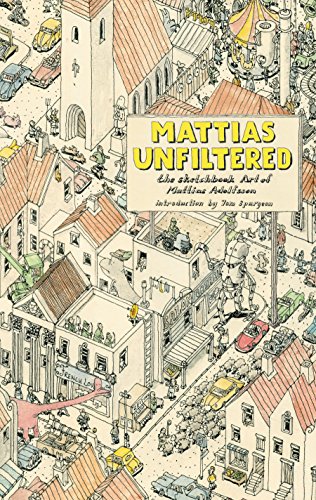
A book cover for Mattias Unfiltered: The Sketchbook Art of Mattias Adolfsson; Mattias Adolfsson; Comics & Graphic Novels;